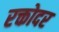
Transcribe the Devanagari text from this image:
रक्तोदर